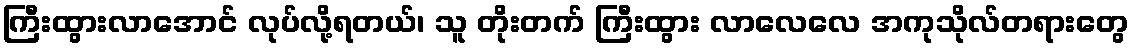
ကြီးထွားလာအောင် လုပ်လို့ရတယ်၊ သူ တိုးတက် ကြီးထွား လာလေလေ အကုသိုလ်တရားတွေ